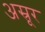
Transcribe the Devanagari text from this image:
अस्रूर